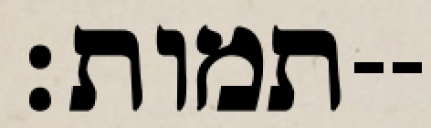
תמות׃--